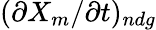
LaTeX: (\partial X_{m}/\partial t)_{ndg}